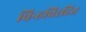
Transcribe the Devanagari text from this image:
चिन्हविरहित